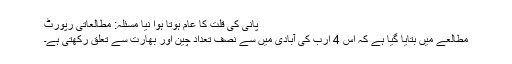
پانی کی قلت کا عام ہوتا ہوا نیا مسئلہ: مطالعاتی رپورٹ
مطالعے میں بتایا گیا ہے کہ اس 4 ارب کی آبادی میں سے نصف تعداد چین اور بھارت سے تعلق رکھتی ہے۔